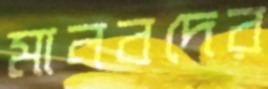
মানবদের